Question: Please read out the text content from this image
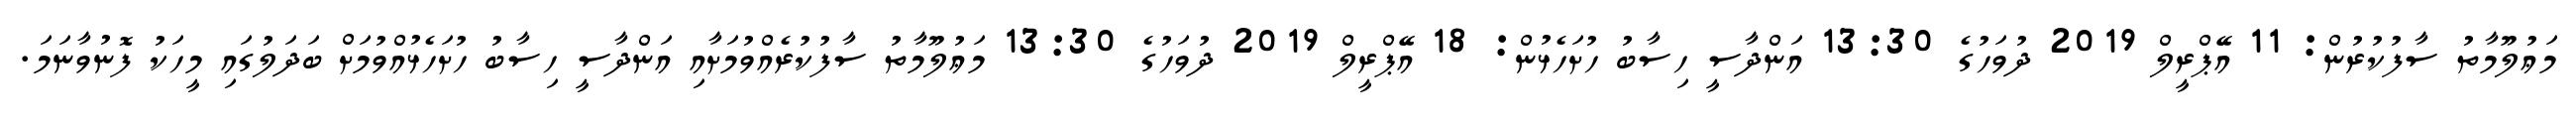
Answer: މަޢުލޫމާތު ސާފުކުރުން: 11 އޭޕްރީލް 2019 ދުވަހުގެ 13:30 އަންދާސީ ހިސާބު ހުށަހެޅުން: 18 އޭޕްރީލް 2019 ދުވަހުގެ 13:30 މަޢުލޫމާތު ސާފުކުރެއްވުމަށާއި އަންދާސީ ހިސާބު ހުށަހެޅުއްވުމަށް ބަދަލުގައި މީހަކު ފޮނުވާނަމަ.